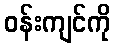
ဝန်းကျင်ကို